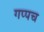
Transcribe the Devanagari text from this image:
गप्पच